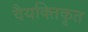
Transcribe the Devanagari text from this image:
वैयक्तिकृत